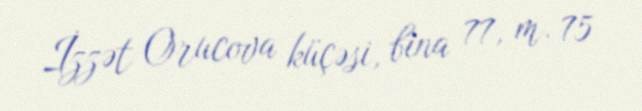
İzzət Orucova küçəsi, bina 77, m. 75